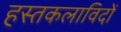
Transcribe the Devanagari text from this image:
हस्तकलाविदों